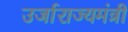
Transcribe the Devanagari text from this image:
उर्जाराज्यमंत्री